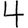
Digit: 4